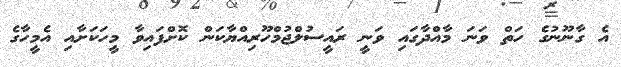
އެ ގާނޫނުގެ ހަތް ވަނަ މާއްދާގައި ވަނީ ރައީސުލްޖުމްހޫރިއްޔާކަން ކޮށްފައިވާ މީހަކަށާއި އެމީހާގެ